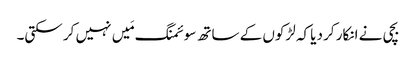
بچی نے انکار کر دیا کہ لڑکوں کے ساتھ سوئمنگ مَیں نہیں کر سکتی۔